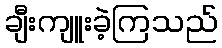
ချီးကျူးခဲ့ကြသည်